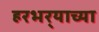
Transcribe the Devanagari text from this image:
हरभर्‍याच्या